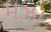
મઝા